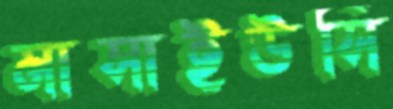
মাসাইউসি